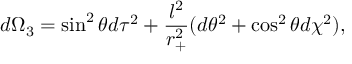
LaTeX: d \Omega _ { 3 } = \sin ^ { 2 } \theta d \tau ^ { 2 } + \frac { l ^ { 2 } } { r _ { + } ^ { 2 } } ( d \theta ^ { 2 } + \cos ^ { 2 } \theta d \chi ^ { 2 } ) ,